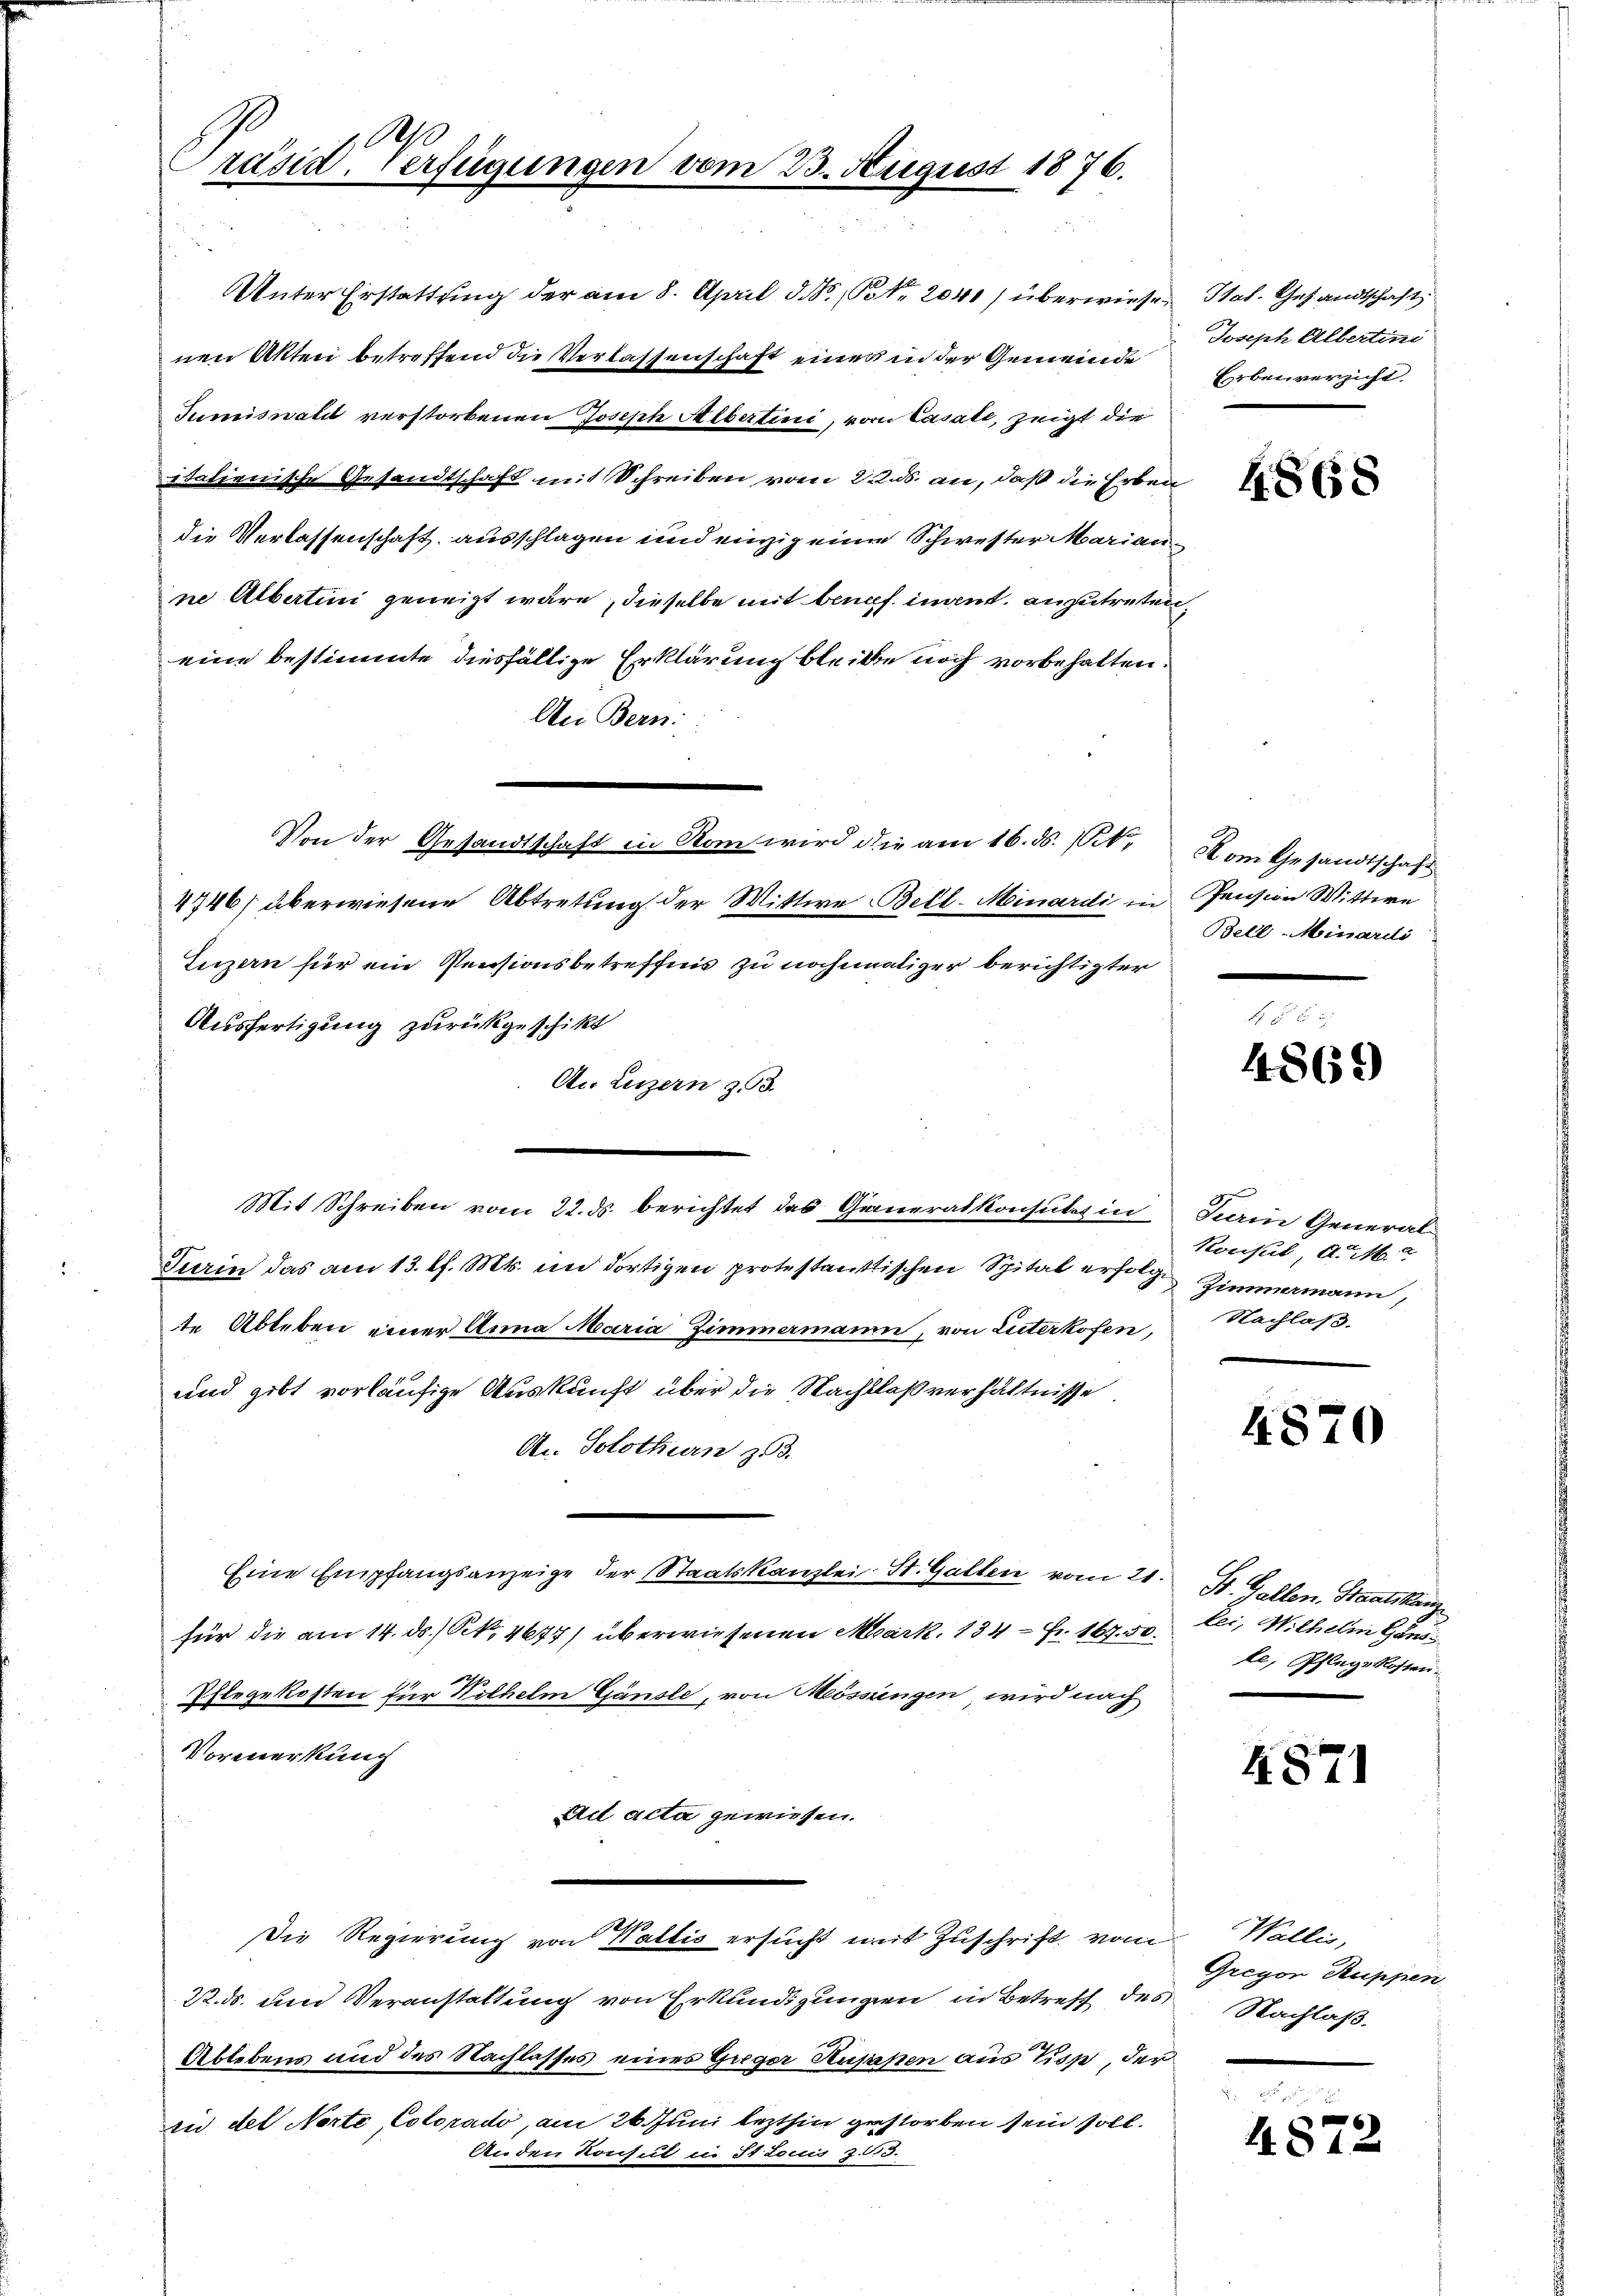
Präsid. Verfügungen vom 23. August 1876.

Unter Erstattung der am 8. April d. J. P. Nr. 2040) überwiese Stat. Gesandtschaft
nen Akten betreffend die Verlassenschaft eines in der Gemeinde
Tumiswahl verstorbenen Joseph Albertini, von Casate, zeigt die
italienische Gesandtschaft mit Schreiben vom 22. ds. an, daß die Erben
die Verlassenschaft ausschlagen und einzig einen Schwester Marian
ne Albertini geneigt wäre, dieselbe mit benef. innt. anzutreten,
eine bestimmte diesfällige Erklärung bleibe noch vorbehalten.
An Bern:
4746/ überwiesene Abtretung der Wittwe Bell-Minardi, in Pension Wittwe
Luzern für ein Pensionsbetreffnis zu nochmaliger berichtigter
Ausfertigung zurückgeschikt
An Luzern z. B.
Mit Schreiben vom 22. ds. berichtet das Generalkonsulat in Sein General
Turin das am 13. l. Mts. ein dortigen protestanttischen Spital erfolge Zimmermann,
te Ableben einer Anna Maria Zimmermann, von Luterkofen, Nachlas
und gibt vorläufige Auskunft über die Nachlaßverhältnisse
A. Solothurn zu.
Eine Empfangsanzeige der Staatskanzlei St. Gallen vom 21. St. Gallen. Staatskam
für die am 14. ds. S. 4677) überwiesenen Mark. 134 = Fr. 167. 50. bei, Wilhelm Haus
Ehlegekosten für Wilhelm Gänsle, von Mössingen wird nach
Vormerkung
Act acta gewiesen.
Die Regierung von Wallis ersucht mit Zuschrift vom
22. ds. um Veranstaltung von Erkundigungen in Betreff des Nachlaß.
Ablebens und des Nachlasses eines Guger Husaßen aus Tisp, der
in der Norte Colorado, am 26. Juni lezthin gestorben sein soll.
Auden Konsul in St. Louis Z. 113.

Von der Gesandtschaft in Rom wird die am 16. ds. 1. dem Gesandtschaft

Joseph Albertini
Erbenversicht.

4868

Bell-Minardi

4869

Konsul, d. M.

4870

le, Pflegekosten.

4871

Wallis,
Gregor Ruppen

6)
42